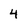
Character: 4